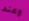
وعند